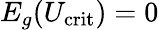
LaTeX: E_{g}(U_{\mathrm{crit}})=0